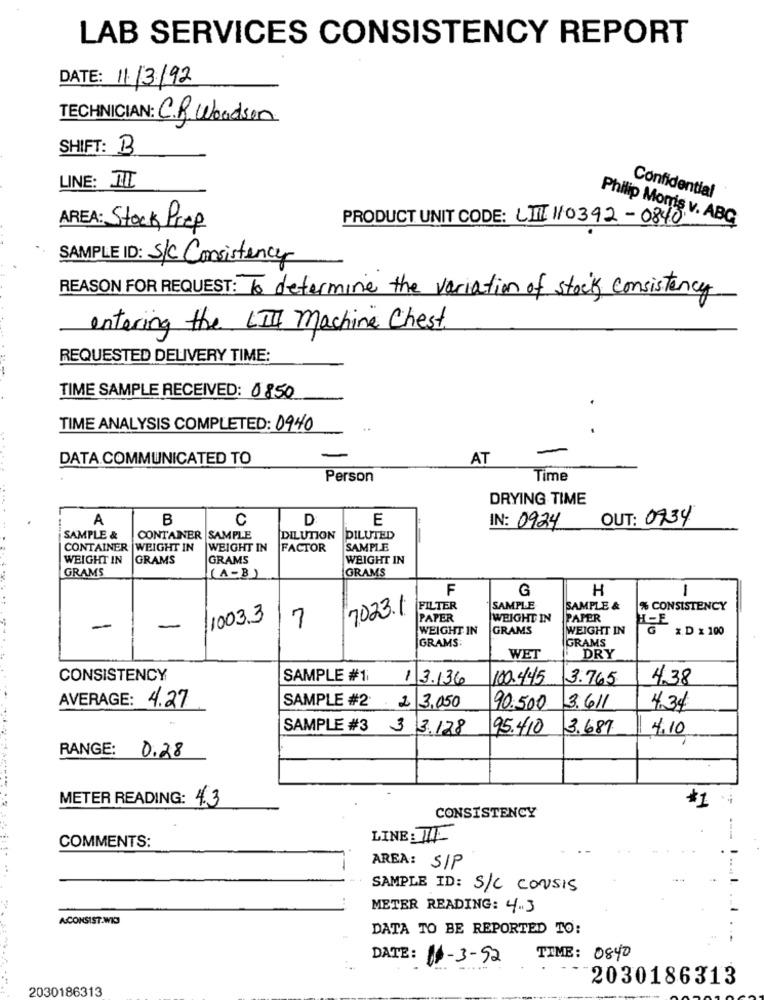
LAB SERVICES CONSISTENCY REPORT
DATE: 11/3/92
TECHNICIAN: C.R. Woodson
SHIFT: B
LINE: II
Confidential
PRODUCT UNIT CODE: LII 110392-0840
Philip Morris v. ABG
AREA: Stock Prep
SAMPLE ID: S/C Consistency
REASON FOR REQUEST: To determine the variation of stocks consistency
entering the LIII machine Chest.
REQUESTED DELIVERY TIME:
-
TIME SAMPLE RECEIVED: 0850
TIME ANALYSIS COMPLETED: 0940
DATA.COMMUNICATED TO
AT
Person
Time
DRYING TIME
A
B
C
D
E
OUT: 0734
IN: 0924
SAMPLE &
CONTAINER SAMPLE
DILUTION
DILUTED
CONTAINER WEIGHT IN
WEIGHT IN
FACTOR
SAMPLE
WEIGHT IN GRAMS
GRAMS
WEIGHT IN
GRAMS
GRAMS
(A-B)
F
G
H
1
7023.1
FILTER
SAMPLE
SAMPLE &
% CONSISTENCY
1003.3
PAPER
WEIGHT IN
PAPER
H-E
-
-
7
WEIGHT IN
GRAMS
WEIGHT IN
G
x.D x 100
GRAMS
GRAMS
WET
DRY
CONSISTENCY
SAMPLE #1;
1
3.136
100.445
3.765
4.38
AVERAGE: 4.27
SAMPLE #2 2 3,050
90.500
3.611
4.34
SAMPLE #3 3 3.128
95.410
3.687
4.10
RANGE: 0.28
METER READING: 4.3
*1
CONSISTENCY
LINE: IIII
COMMENTS:
..
AREA: S/P
SAMPLE ID: S/C CONSIS
METER READING: 4.3
ACONSIST WICJ
DATA TO BE REPORTED TO:
DATE: 11-3-52
TIME: 0840
2030186313
2030186313